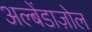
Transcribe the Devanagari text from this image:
अल्बेंडाज़ोल